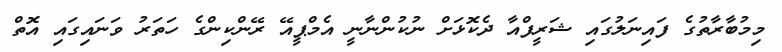
މިމުބާރާތުގެ ފައިނަލުގައި ޝަރީފްއާ ދެކޮޅަށް ނުކުންނާނީ އެމްޕީއޭ ރޭންކިންގެ ހަތަރު ވަނައިގައި އޮތް